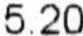
5.20